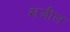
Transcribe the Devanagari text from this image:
खजील